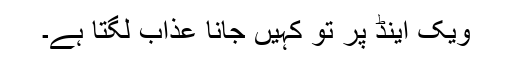
ویک اینڈ پر تو کہیں جانا عذاب لگتا ہے۔